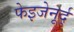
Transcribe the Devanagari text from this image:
फेइजेनूर्द्